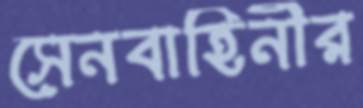
সেনবাহিনীর